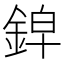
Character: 𰼱